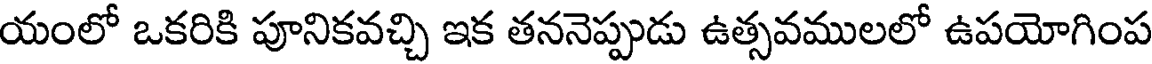
యంలో ఒకరికి పూనికవచ్చి ఇక తననెప్పుడు ఉత్సవములలో ఉపయోగింప